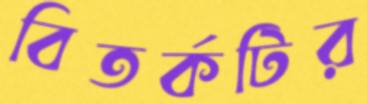
বিতর্কটির